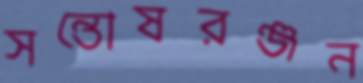
সন্তোষরঞ্জন